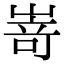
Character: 嵜